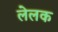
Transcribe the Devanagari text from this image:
लेलक